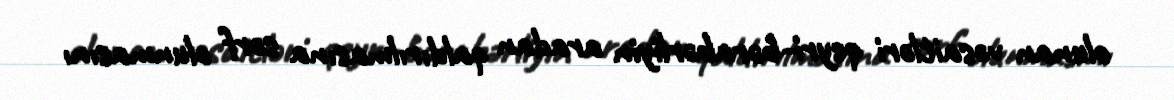
olunan vəsaitləri qeyri-bərabərliyin aradan qaldırılmasına sərf olunmasını